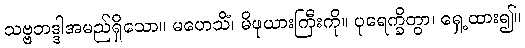
သဗ္ဗဘဒ္ဒါအမည်ရှိသော။ မဟေသိံ၊ မိဖုယားကြီးကို။ ပုရေက္ခိတွာ၊ ရှေ့ထား၍။